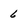
Character: 6